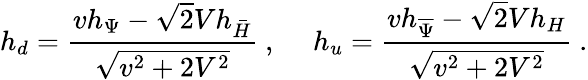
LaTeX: h_{d}=\frac{vh_{\Psi}-\sqrt 2Vh_{\bar{H}}}{\sqrt{v^{2}+2V^{2}}}~,~~~~~h_{u}=\frac{vh_{\overline{{{\Psi}}}}-\sqrt 2Vh_{H}}{\sqrt{v^{2}+2V^{2}}}~.